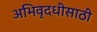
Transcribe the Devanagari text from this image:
अभिवृदधीसाठी